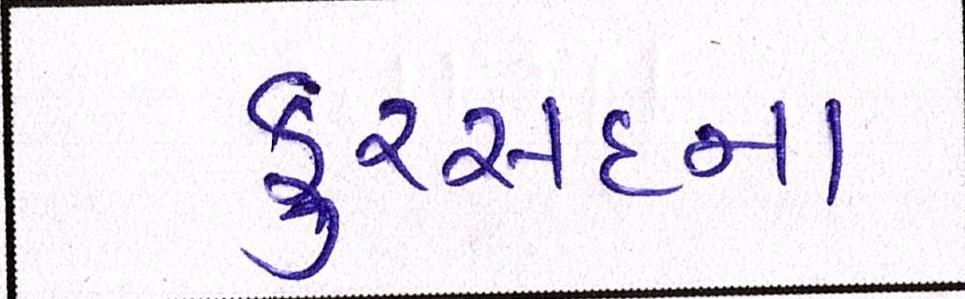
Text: ફુરસદના